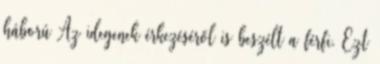
háború Az idegenek érkezéséről is beszélt a férfi. Ezt